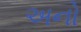
અનો